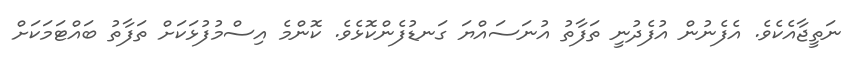
ނަތީޖާއެކެވެ. އެފެނުން އުފެދުނީ ތަފާތު އުނަސައްޔަ ގަނޑުފެންކޮޅެވެ. ކޮންމެ އިސްމުފުޅަކަށް ތަފާތު ބައްޓަމަކަށް